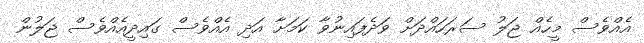
އެއްވެސް މީހެއް ޖަލު ސަރަހައްދަށް ވަދެފައިނުވާ ކަމަށާ އަދި އެއްވެސް ގައިދީއެއްވެސް ޖަލުން